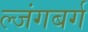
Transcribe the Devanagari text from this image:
ल्जंगबर्ग